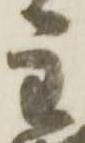
主